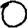
Digit: 0